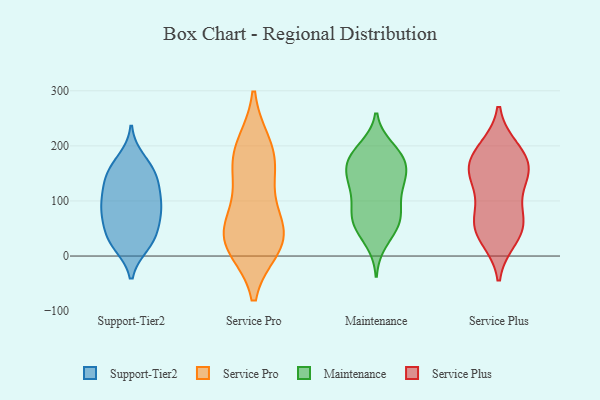
{"axis": {"x": "Waste Production (Tons)", "y": "Value"}, "legend": ["Maintenance", "Service Plus", "Service Pro", "Support-Tier2"], "data": [{"x": "", "y": 74, "type": "Support-Tier2"}, {"x": "", "y": 111, "type": "Support-Tier2"}, {"x": "", "y": 31, "type": "Support-Tier2"}, {"x": "", "y": 113, "type": "Support-Tier2"}, {"x": "", "y": 80, "type": "Support-Tier2"}, {"x": "", "y": 59, "type": "Support-Tier2"}, {"x": "", "y": 147, "type": "Support-Tier2"}, {"x": "", "y": 157, "type": "Support-Tier2"}, {"x": "", "y": 90, "type": "Support-Tier2"}, {"x": "", "y": 151, "type": "Support-Tier2"}, {"x": "", "y": 34, "type": "Support-Tier2"}, {"x": "", "y": 133, "type": "Support-Tier2"}, {"x": "", "y": 175, "type": "Support-Tier2"}, {"x": "", "y": 87, "type": "Support-Tier2"}, {"x": "", "y": 21, "type": "Support-Tier2"}, {"x": "", "y": 24, "type": "Support-Tier2"}, {"x": "", "y": 18, "type": "Service Pro"}, {"x": "", "y": 145, "type": "Service Pro"}, {"x": "", "y": 200, "type": "Service Pro"}, {"x": "", "y": 26, "type": "Service Pro"}, {"x": "", "y": 87, "type": "Service Pro"}, {"x": "", "y": 166, "type": "Service Pro"}, {"x": "", "y": 45, "type": "Service Pro"}, {"x": "", "y": 192, "type": "Service Pro"}, {"x": "", "y": 35, "type": "Service Pro"}, {"x": "", "y": 31, "type": "Service Pro"}, {"x": "", "y": 174, "type": "Maintenance"}, {"x": "", "y": 195, "type": "Maintenance"}, {"x": "", "y": 54, "type": "Maintenance"}, {"x": "", "y": 79, "type": "Maintenance"}, {"x": "", "y": 118, "type": "Maintenance"}, {"x": "", "y": 53, "type": "Maintenance"}, {"x": "", "y": 148, "type": "Maintenance"}, {"x": "", "y": 127, "type": "Maintenance"}, {"x": "", "y": 131, "type": "Maintenance"}, {"x": "", "y": 188, "type": "Maintenance"}, {"x": "", "y": 181, "type": "Maintenance"}, {"x": "", "y": 167, "type": "Maintenance"}, {"x": "", "y": 69, "type": "Maintenance"}, {"x": "", "y": 26, "type": "Maintenance"}, {"x": "", "y": 85, "type": "Maintenance"}, {"x": "", "y": 67, "type": "Maintenance"}, {"x": "", "y": 139, "type": "Maintenance"}, {"x": "", "y": 168, "type": "Maintenance"}, {"x": "", "y": 67, "type": "Service Plus"}, {"x": "", "y": 124, "type": "Service Plus"}, {"x": "", "y": 157, "type": "Service Plus"}, {"x": "", "y": 189, "type": "Service Plus"}, {"x": "", "y": 47, "type": "Service Plus"}, {"x": "", "y": 148, "type": "Service Plus"}, {"x": "", "y": 170, "type": "Service Plus"}, {"x": "", "y": 32, "type": "Service Plus"}, {"x": "", "y": 50, "type": "Service Plus"}, {"x": "", "y": 194, "type": "Service Plus"}, {"x": "", "y": 152, "type": "Service Plus"}, {"x": "", "y": 73, "type": "Service Plus"}]}